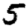
Digit: 5